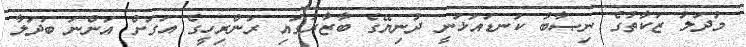
މުދަލު ޒަކާތުގެ ނިޞާބު ކަނޑައަޅަނީ ދުނިޔޭގެ ބާޒާރުގައި ރަންރިހީގެ އަގަށް އަންނަ ބަދަލާ